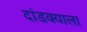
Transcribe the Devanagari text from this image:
दांडक्याला